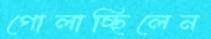
গোলাচ্ছিলেন